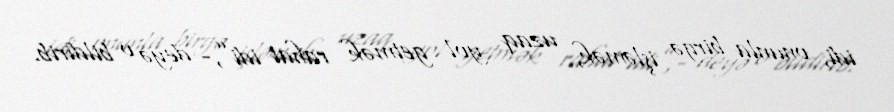
idi, onunla birgə işləmək, uzaq yol getmək rahat idi”,- deyə o bildirib.